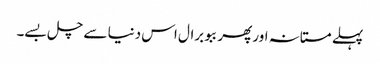
پہلے مستانہ اور پھر ببو برال اس دنیا سے چل بسے۔